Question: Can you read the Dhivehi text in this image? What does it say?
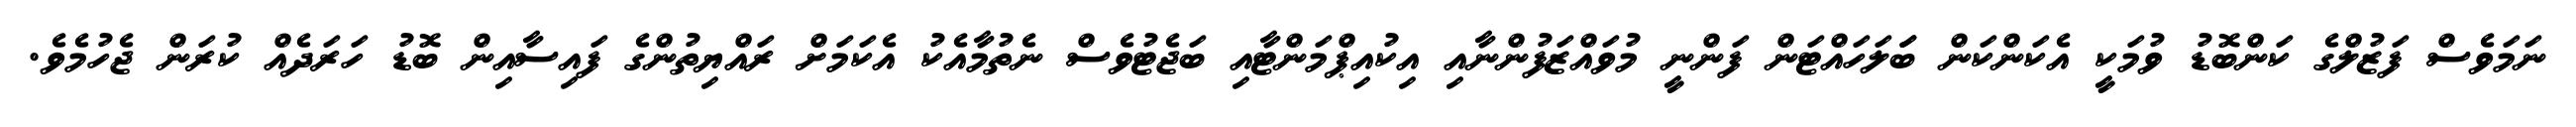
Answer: ނަމަވެސް ފަޒުލްގެ ކަންބޮޑު ވުމަކީ އެކަންކަން ބަަލަހައްޓަން ފަންނީ މުވައްޒަފުންނާއި އިކުއިޕްމަންޓާއި ބަޖެޓުވެސް ނެތުމާއެކު އެކަމަށް ރައްޔިތުންގެ ފައިސާއިން ބޮޑު ހަރަދެއް ކުރަން ޖެހުމެވެ.